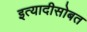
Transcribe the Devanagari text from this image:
इत्यादीसोबत